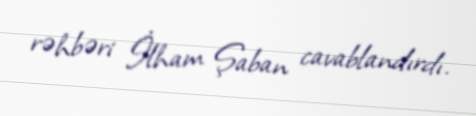
rəhbəri İlham Şaban cavablandırdı.